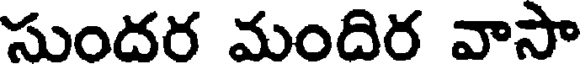
సుందర మందిర వాసా